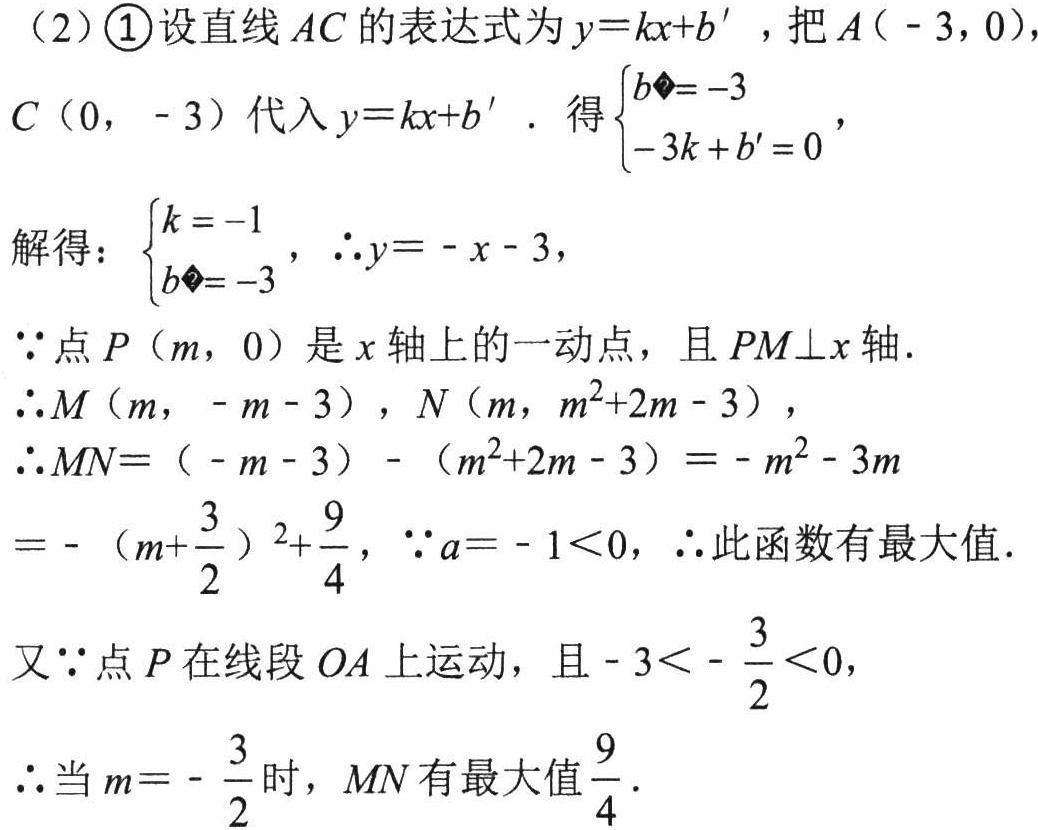
（2）\textcircled{1}设直线 \(AC\) 的表达式为 \(y = kx + b'\)，把 \(A(-3,0)\)，\(C(0,-3)\) 代入 \(y = kx + b'\)。得 \(\begin{cases}b'=-3\\-3k + b' = 0\end{cases}\)，
解得：\(\begin{cases}k = -1\\b'=-3\end{cases}\)，\(\therefore y=-x - 3\)，
\(\because\) 点 \(P(m,0)\) 是 \(x\) 轴上的一动点，且 \(PM\perp x\) 轴.
\(\therefore M(m,-m - 3)\)，\(N(m,m^{2}+2m - 3)\)，
\(\therefore MN=(-m - 3)-(m^{2}+2m - 3)=-m^{2}-3m\)
\(=-(m + \frac{3}{2})^{2}+\frac{9}{4}\)，\(\because a=-1\lt0\)，\(\therefore\) 此函数有最大值.
又 \(\because\) 点 \(P\) 在线段 \(OA\) 上运动，且 \(-3\lt-\frac{3}{2}\lt0\)，
\(\therefore\) 当 \(m = -\frac{3}{2}\) 时，\(MN\) 有最大值 \(\frac{9}{4}\)。